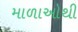
માળાઓથી